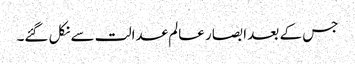
جس کے بعد ابصار عالم عدالت سے نکل گئے۔